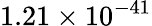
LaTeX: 1.21\times 10^{-41}